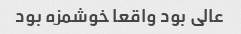
عالی بود واقعا خوشمزه بود